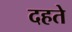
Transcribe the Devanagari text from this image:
दहते